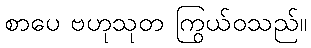
စာပေ ဗဟုသုတ ကြွယ်ဝသည်။